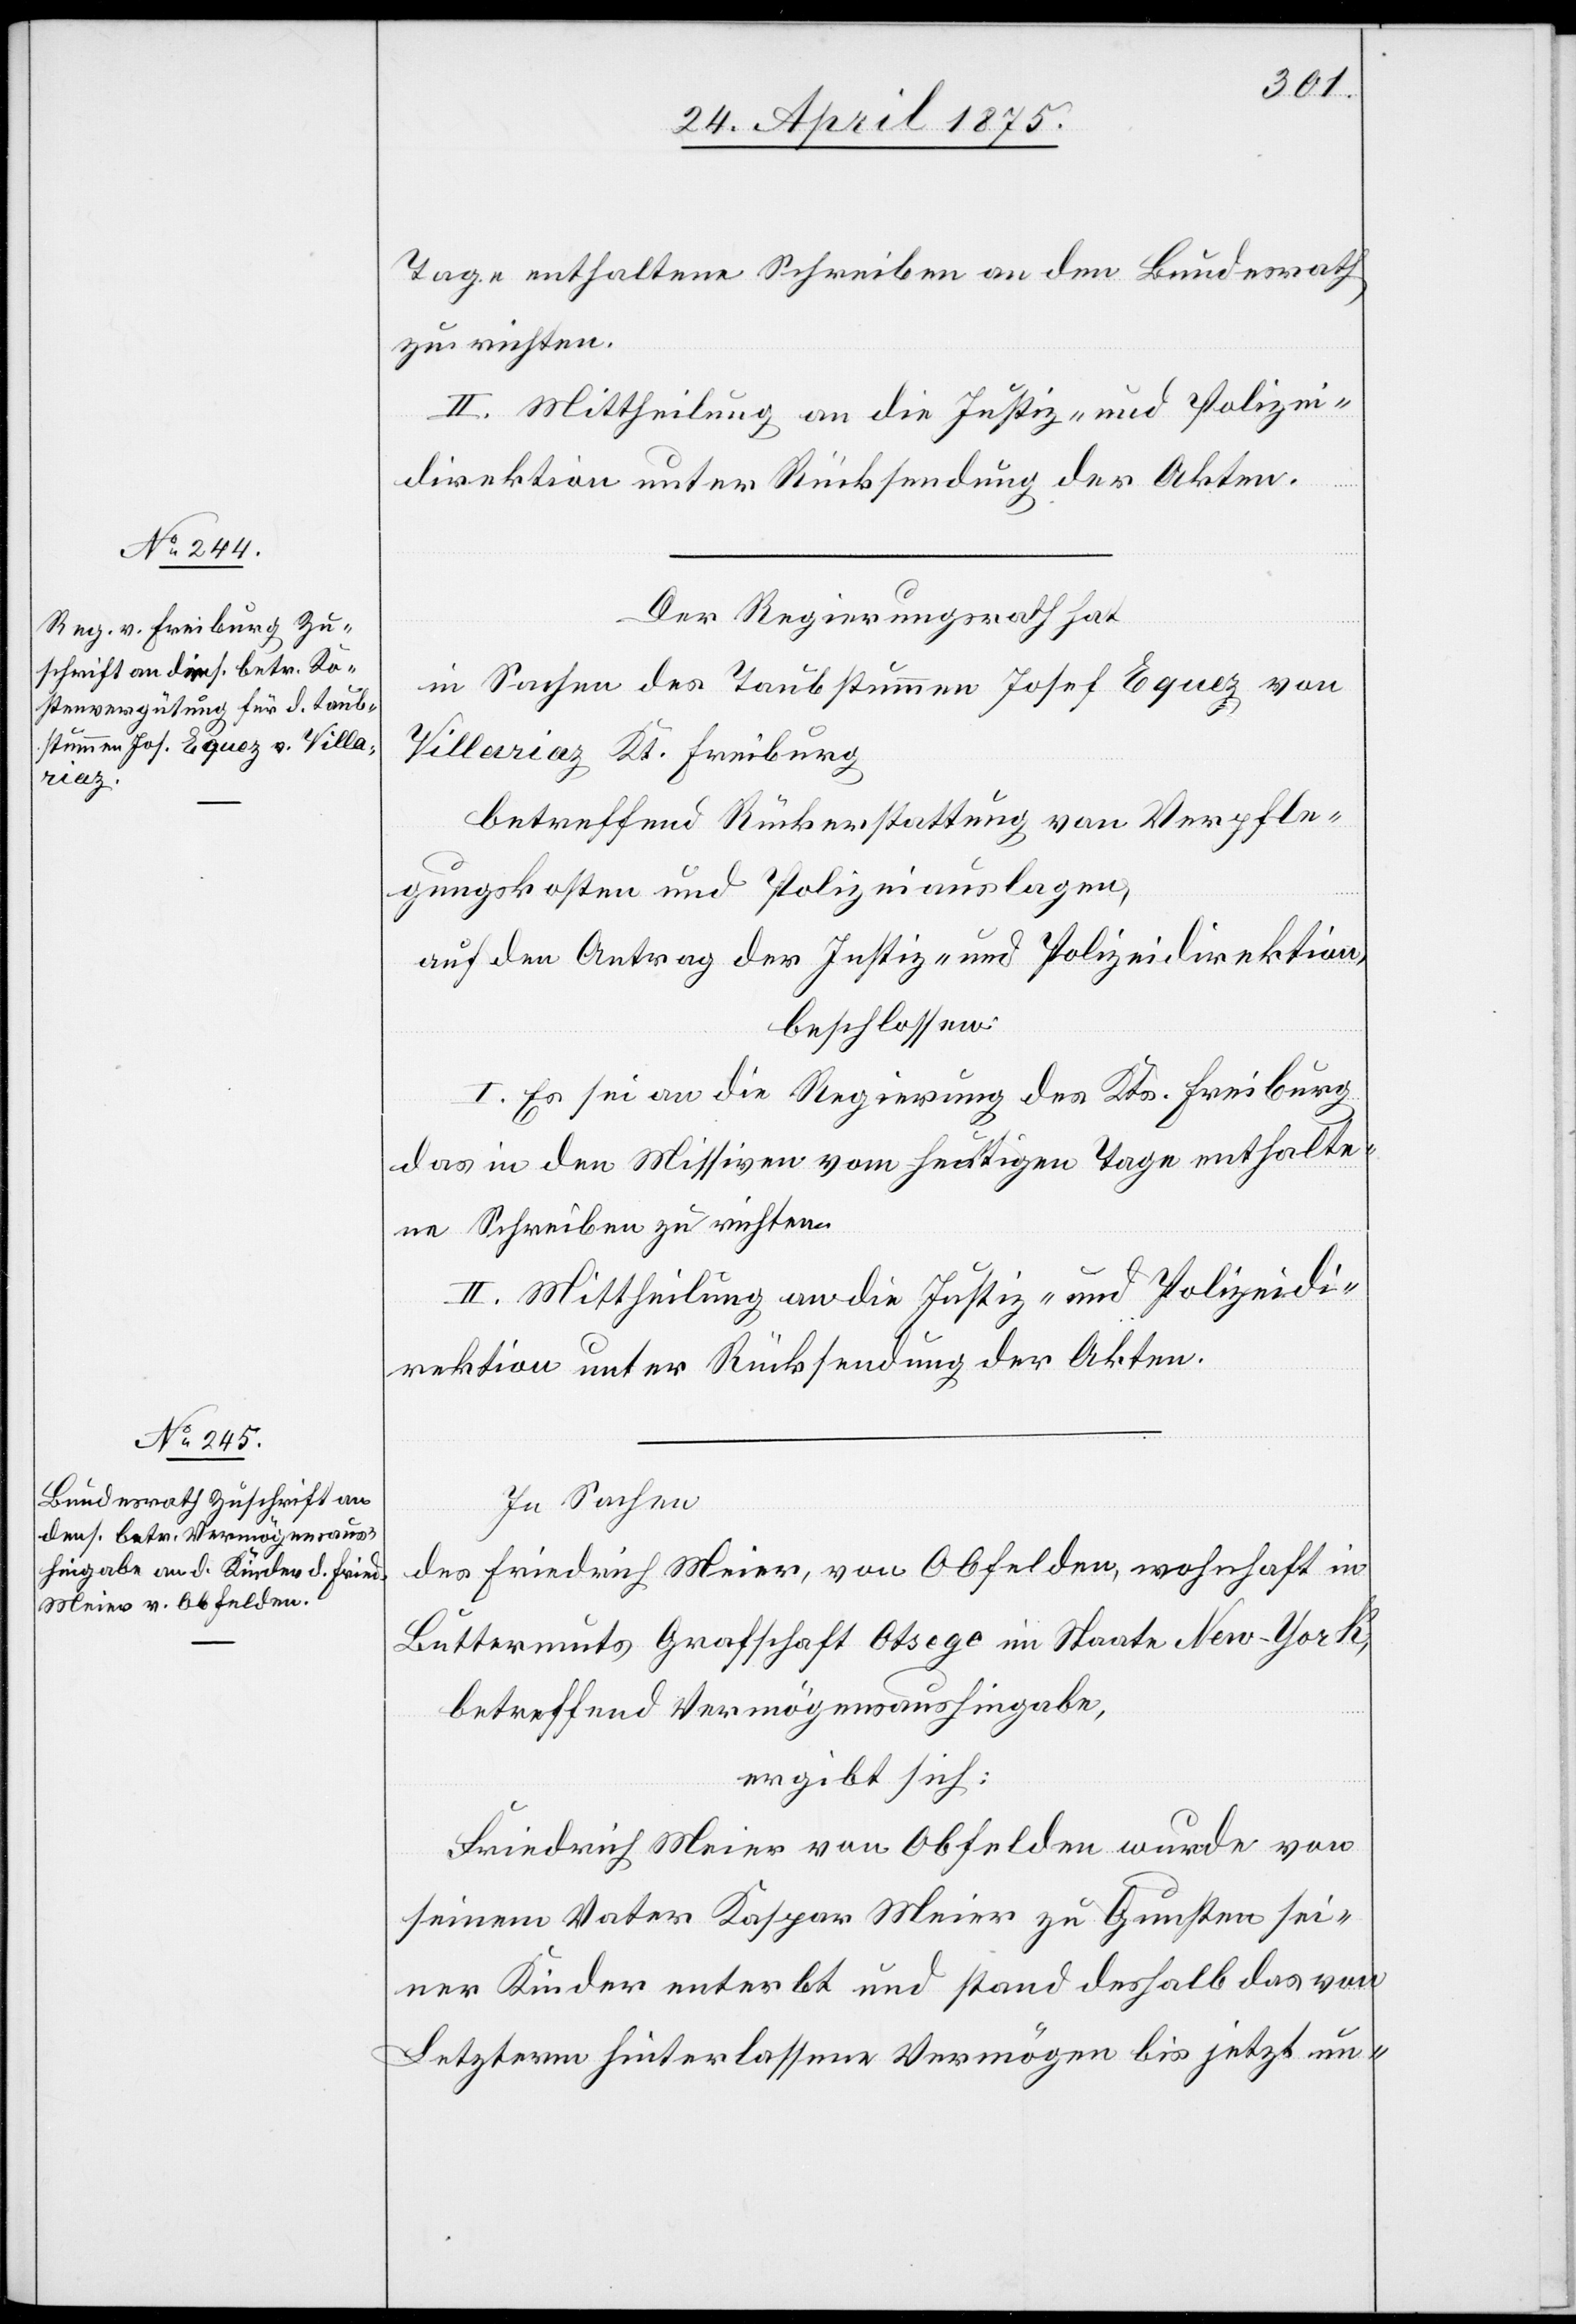
enthaltene Schreiben an den Bundesrath
zu richten.
II. Mittheilung an die Justiz- und Polizei¬
direktion unter Rücksendung der Akten.
Der Regierungsrath hat
in Sachen des Taubstummen Josef Equez von
Villariaz Kt. Freiburg
betreffend Rückerstattung von Verpfle¬
gungskosten und Polizeiauslagen,
auf den Antrag der Justiz- und Polizeidirektion,
beschlossen:
I. Es sei an die Regierung des Kts. Freiburg
das in den Missiven vom heutigen Tage enthalte¬
ne Schreiben zu richten.
II. Mittheilung an die Justiz- und Polizeidi¬
rektion unter Rücksendung der Akten.
In Sachen
des Friedrich Meier, von Obfelden, wohnhaft in
Buttermuts Grafschaft Otsege im Staate New-York,
betreffend Vermögensaushingabe,
ergibt sich:
Friedrich Meier von Obfelden wurde von
seinem Vater Kaspar Meier zu Gunsten sei¬
ner Kinder enterbt und stand deshalb das von
Letzterm hinterlassene Vermögen bis jetzt un-